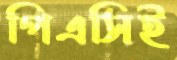
পিএসিই